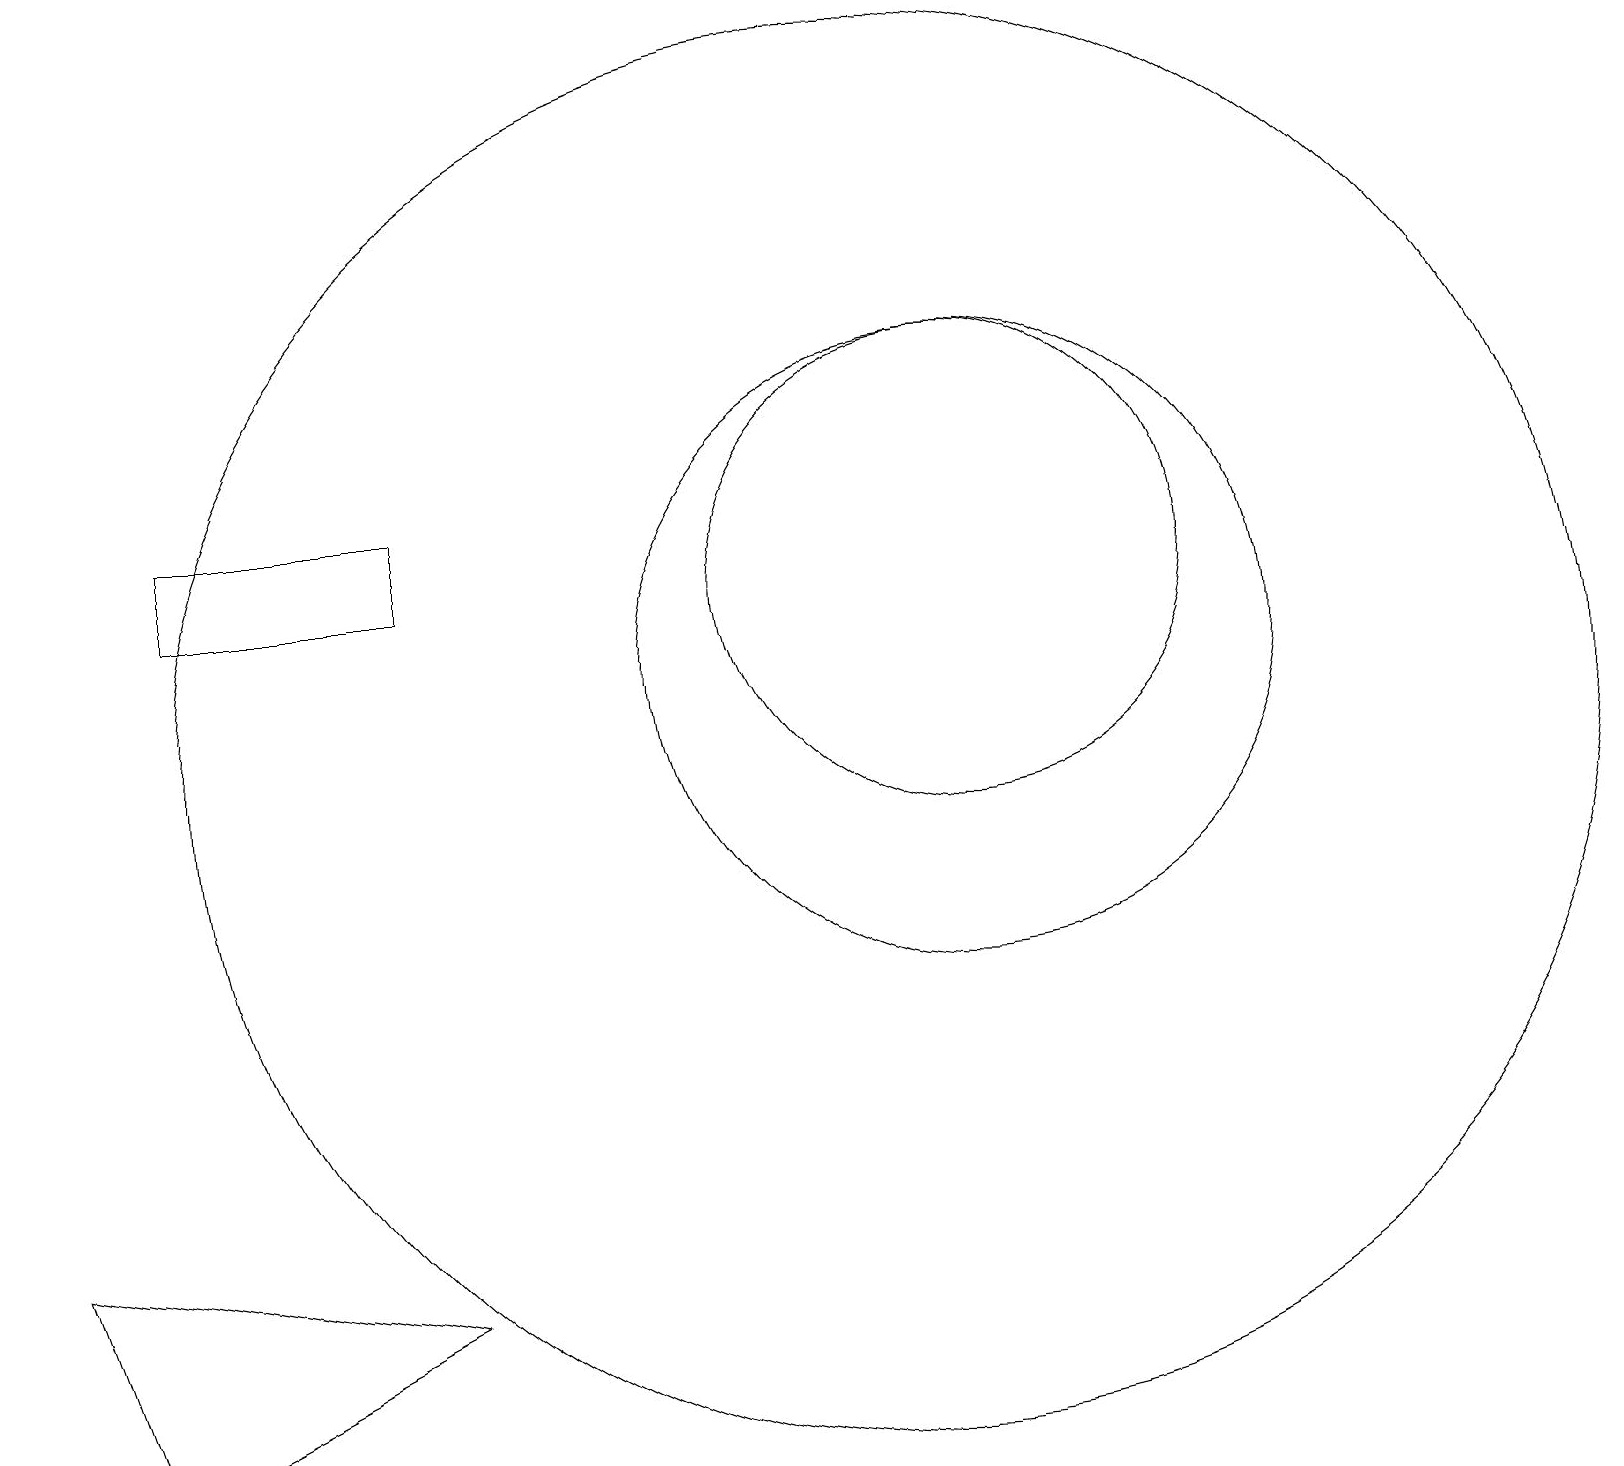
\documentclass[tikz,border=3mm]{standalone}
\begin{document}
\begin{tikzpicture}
\draw (5,13) rectangle (2,12);
\draw (12,12) circle (3);
\draw (11,10) circle (9);
\draw (5,3) -- (1,1) -- (0,4) -- cycle;
\draw (12,11) circle (4);
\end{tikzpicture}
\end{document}